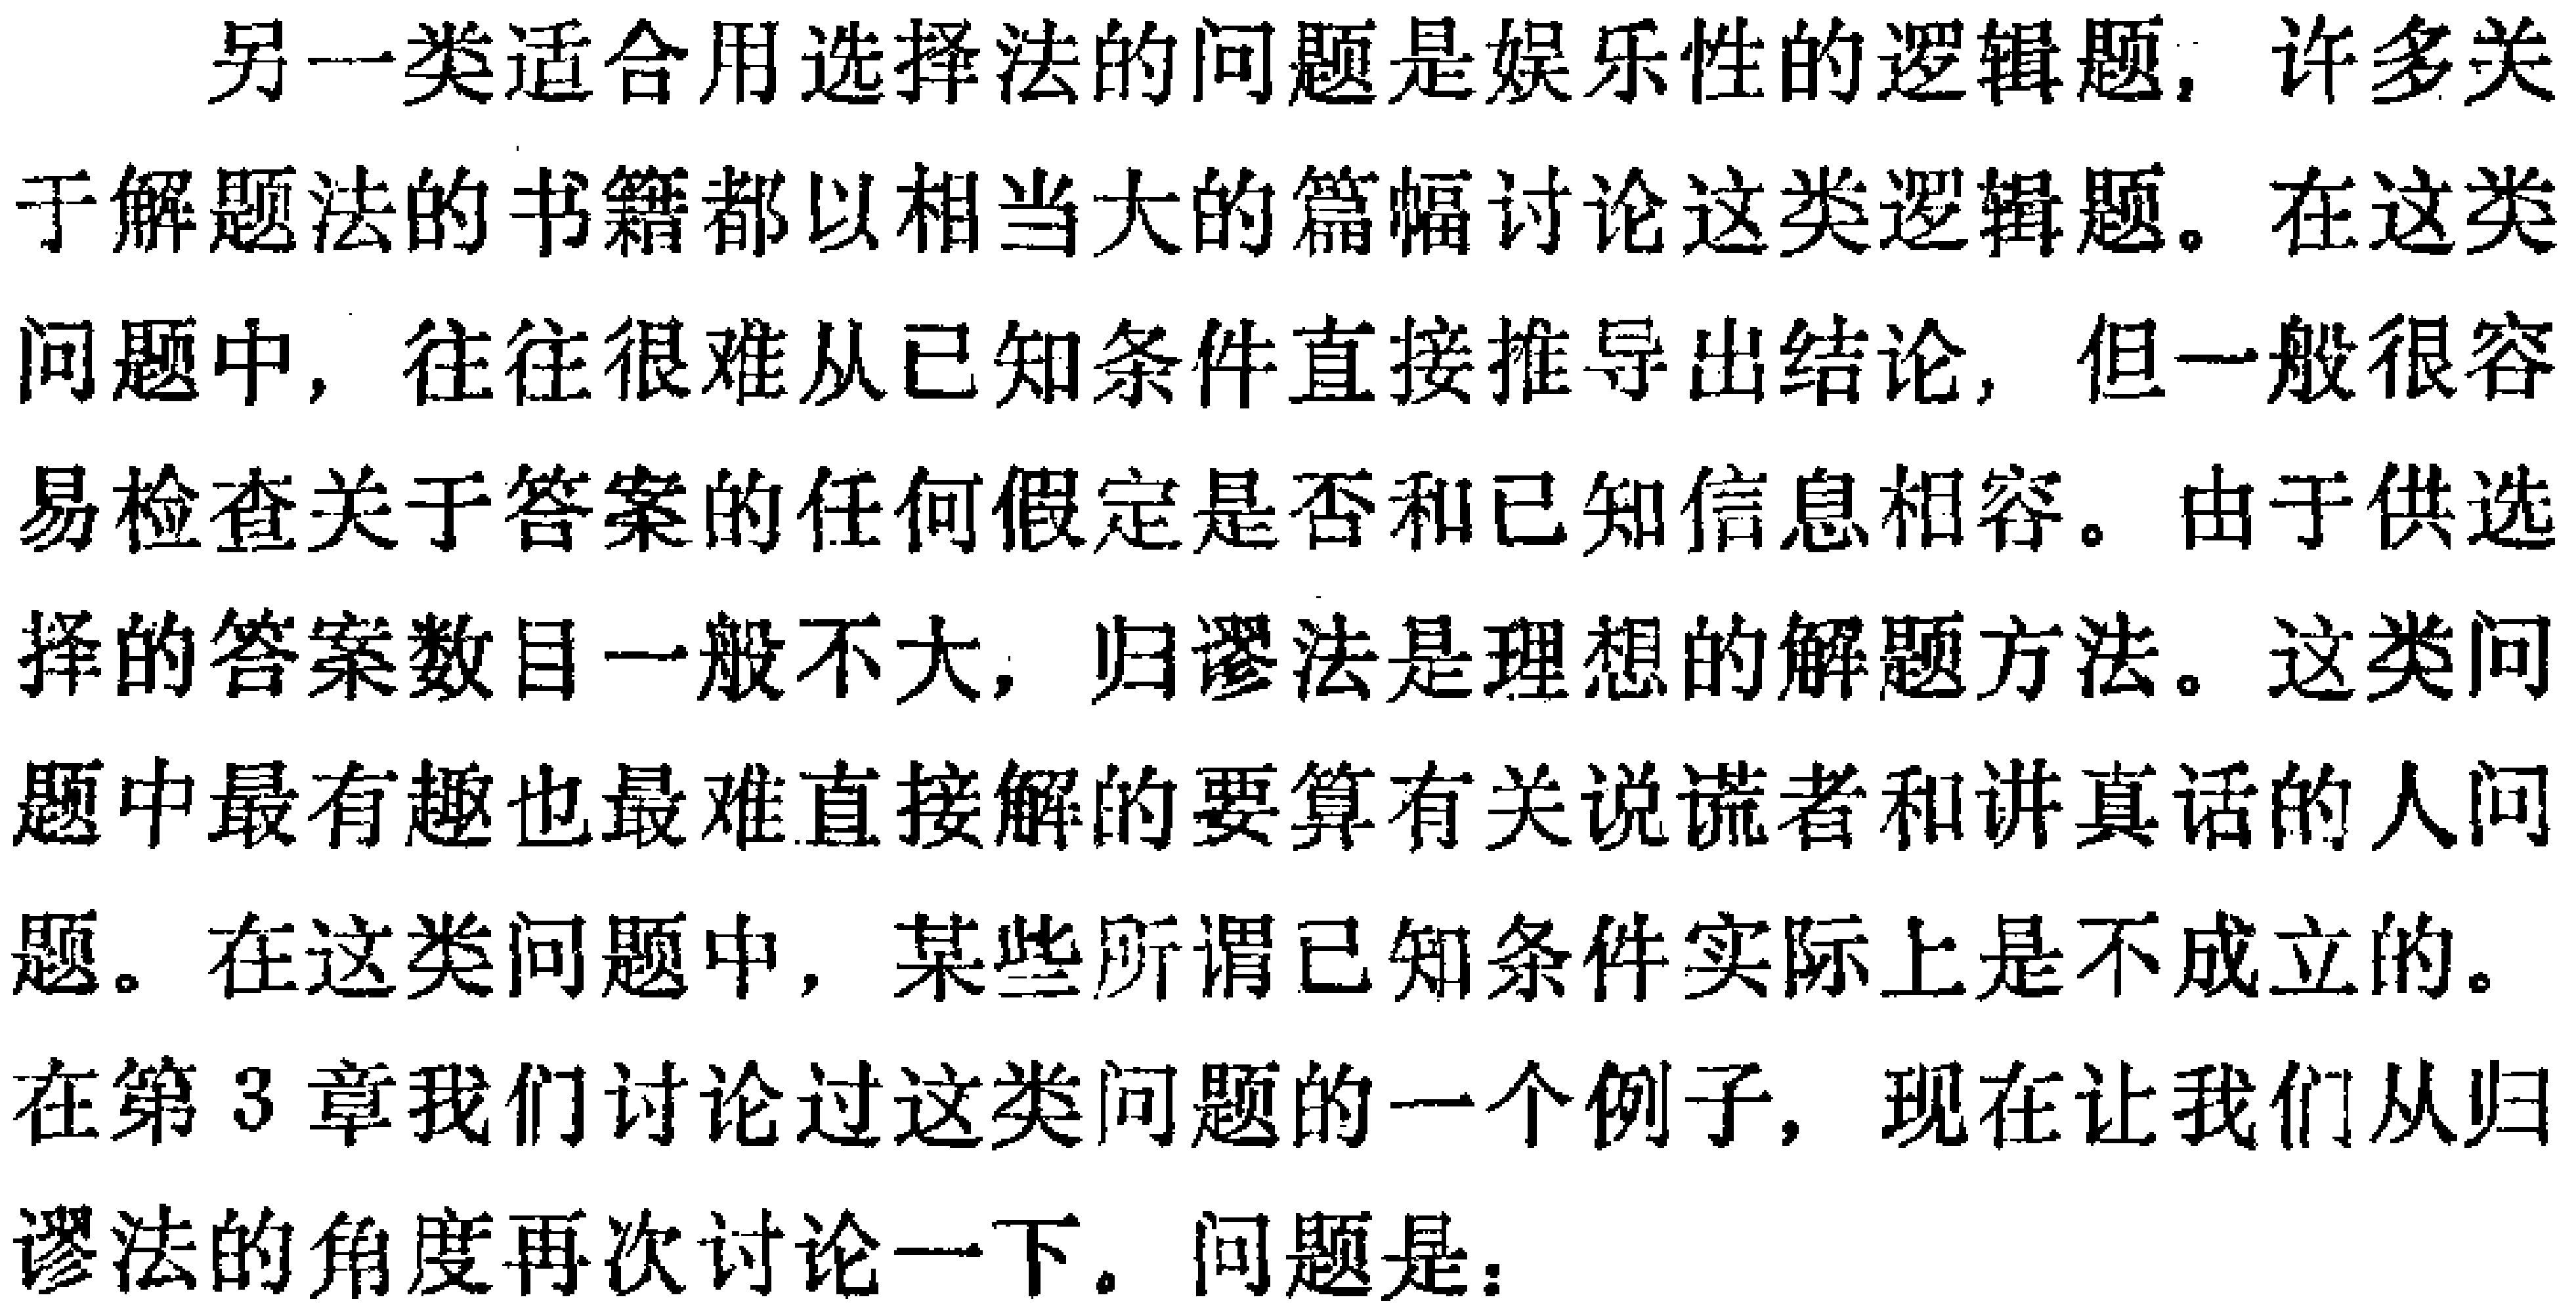
另一类适合用选择法的问题是娱乐性的逻辑题，许多关于解题法的书籍都以相当大的篇幅讨论这类逻辑题。在这类问题中，往往很难从已知条件直接推导出结论，但一般很容易检查关于答案的任何假定是否和已知信息相容。由于供选择的答案数目一般不大，归谬法是理想的解题方法。这类问题中最有趣也最难直接解的要算有关说谎者和讲真话的人问题。在这类问题中，某些所谓已知条件实际上是不成立的。在第3章我们讨论过这类问题的一个例子，现在让我们从归谬法的角度再次讨论一下。问题是：